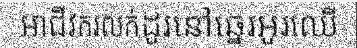
អាជីវករលក់ដូរនៅឆ្នេរអូរឈើ